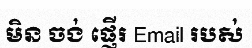
មិន ចង់ ផ្ញើរ Email របស់